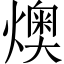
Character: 燠